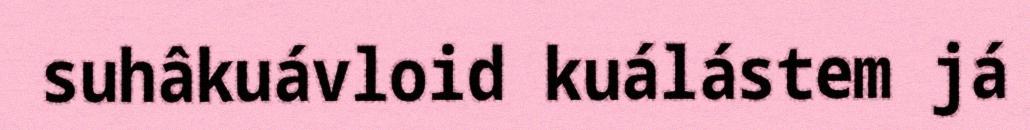
suhâkuávloid kuálástem já